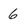
Character: 6